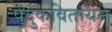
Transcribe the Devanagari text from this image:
पुदुकवितयिन